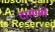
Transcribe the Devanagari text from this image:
दासानी